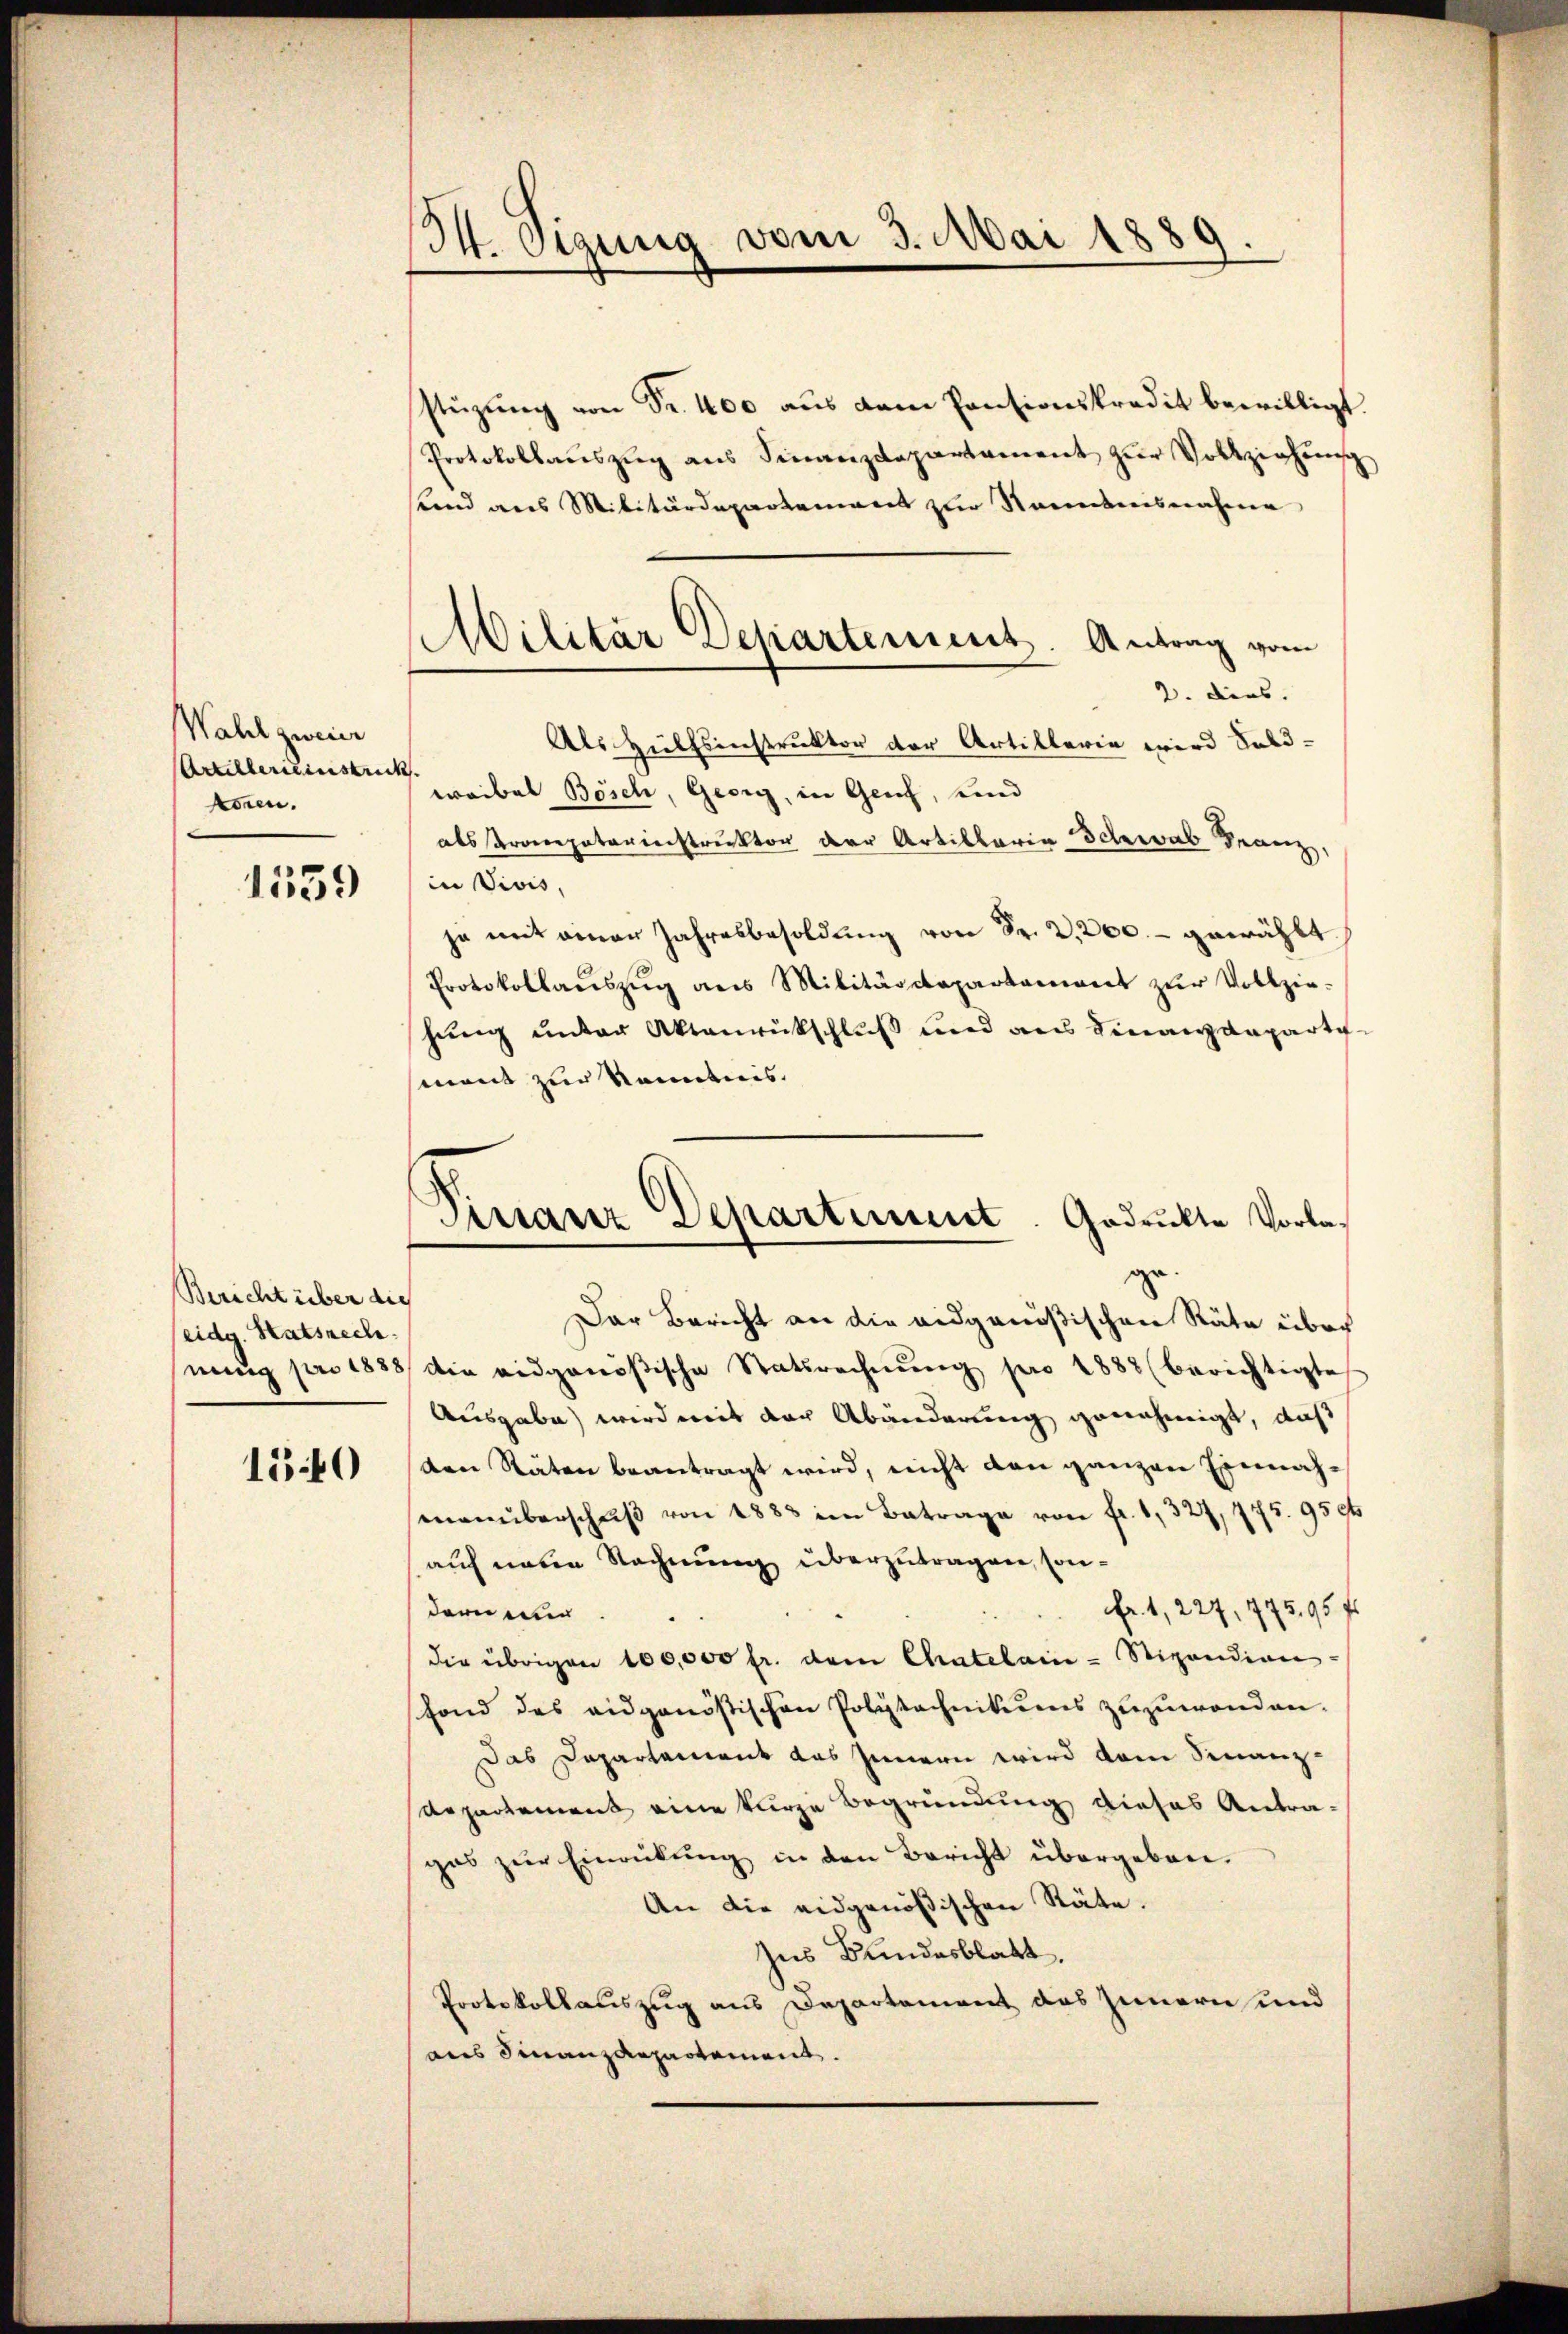
Wahl zweier
Artilbereinstrick
konen.

1539

Bericht über die
eidg. Statsrech
nung pro 1888

150

I. Oigung vom 3. Mai 1889.

Militär Departement. Antrag vom

stüzung von Fr. 400 aus dem Pantionskredit bewilligt.
Protokollaŭszŭg ans Finanzdepartament zŭr Vollziehung
Land aus Militärdepartement zur Narbeisnahme
2. dies
Als Hülfsinstruktor der Artillerie wird Saldwaibel Bösch, Georg, in Genf, und
als Kronpaterinstruktor der Artillaria Schwab Gram
¬
in Vivis,
ja mit einen Jahresbesoldung von Fr. 2,200.- gewählt
Protokollaŭszŭg ans Militärdepartament zŭr Vollzie-
hung unter Aktenrückschluß und aus Finanzengartemont zur Kenntnis.
Der Bericht an die eidgenößischen Räte über
die eidgenößische Statsrechnŭng pro 1888 (berichtigte
Ausgabe) wird mit der Abänderung genehmigt, daß
den Räten beantragt wird, nicht dann ganzen Einnahmenüberschŭβ von 1883 im Betrage von fr. 1, 327, 775. 950t
auf neue Rechnung überzutragen, son¬
Fr. 1, 227, 445,95 f
dern wir
die übrigen 100,000 fr. dem Chatelai-Stipendien
fond des eidgenössischen Polytechnikuens zuzuwanden.
Das Dapartament das Innern wird vom Finanz-
departement eine kurze Begründung dieses Antragas zur Einrückung in den Bericht übergeben.
An die eidgenößischen Räte.
Zus Bundesblatt,
Protokollauszug aus Departement das Innern und
aus Finanzdepartement.

Finanz Departement. Gedruckte Vorla¬